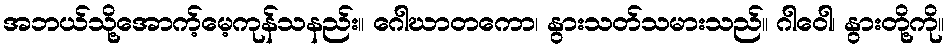
အဘယ်သို့အောက့်မေ့ကုန်သနည်း။ ဂေါဃာတကော၊ နွားသတ်သမားသည်။ ဂါဝေါ၊ နွားတို့ကို။